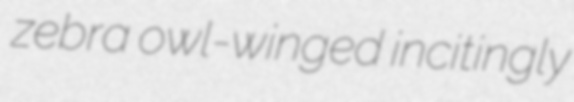
zebra owl-winged incitingly